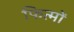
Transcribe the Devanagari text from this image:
फित्मों